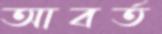
আবর্ত